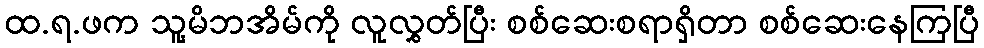
ထ.ရ.ဖက သူ့မိဘအိမ်ကို လူလွှတ်ပြီး စစ်ဆေးစရာရှိတာ စစ်ဆေးနေကြပြီ